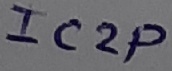
Text: IC2P